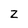
Character: z